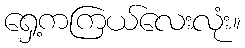
ရှေ့ကကြယ်လေးလုံး။